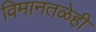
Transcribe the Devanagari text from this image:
विमानतळेही